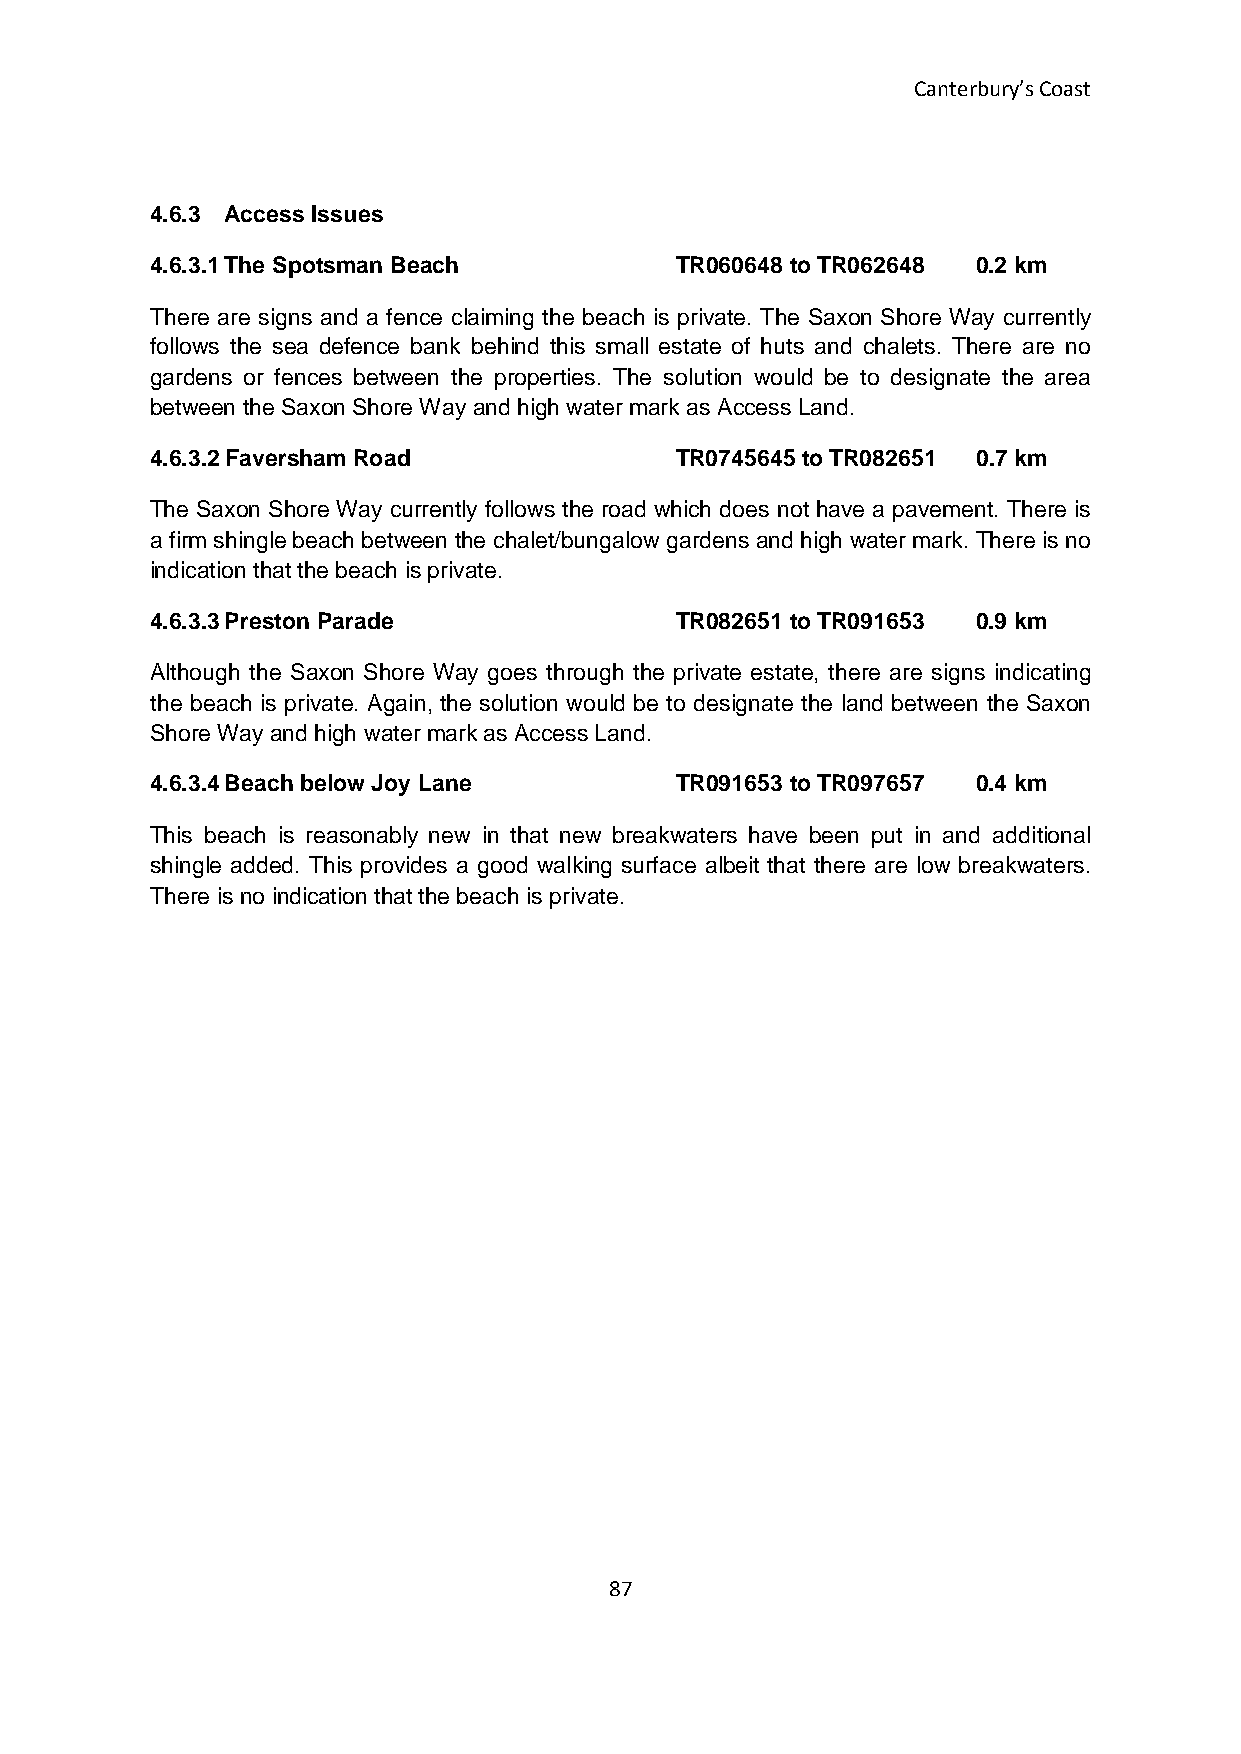
Canterbury’s Coast
 4.6.3 Access Issues
 4.6.3.1 The Spotsman Beach         TR060648 to TR062648 0.2 km
 There are signs and a fence claiming the beach is private. The Saxon Shore Way currently
 follows the sea defence bank behind this small estate of huts and chalets. There are no
 gardens or fences between the properties. The solution would be to designate the area
 between the Saxon Shore Way and high water mark as Access Land.
 4.6.3.2 Faversham Road             TR0745645 to TR082651 0.7 km
 The Saxon Shore Way currently follows the road which does not have a pavement. There is
 a firm shingle beach between the chalet/bungalow gardens and high water mark. There is no
 indication that the beach is private.
 4.6.3.3 Preston Parade             TR082651 to TR091653 0.9 km
 Although the Saxon Shore Way goes through the private estate, there are signs indicating
 the beach is private. Again, the solution would be to designate the land between the Saxon
 Shore Way and high water mark as Access Land.
 4.6.3.4 Beach below Joy Lane       TR091653 to TR097657 0.4 km
 This beach is reasonably new in that new breakwaters have been put in and additional
 shingle added. This provides a good walking surface albeit that there are low breakwaters.
 There is no indication that the beach is private.
 87